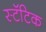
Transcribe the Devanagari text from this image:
स्टॅटिक